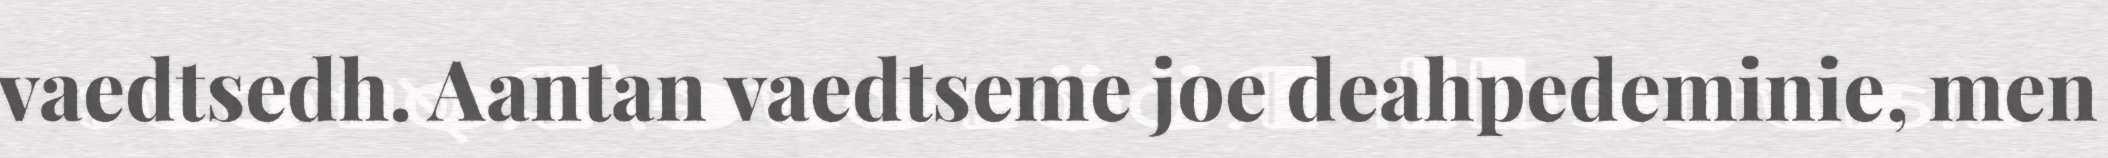
vaedtsedh. Aantan vaedtseme joe deahpedeminie, men